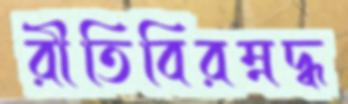
রীতিবিরম্নদ্ধ